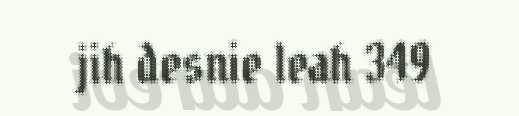
jih desnie leah 349